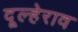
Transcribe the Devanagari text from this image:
दूल्हेराव